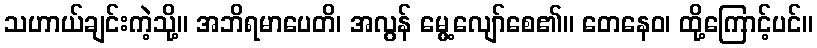
သဟာယ်ချင်းကဲ့သို့။ အဘိရမာပေတိ၊ အလွန် မွေ့လျော်စေ၏။ တေနေဝ၊ ထို့ကြောင့်ပင်။